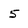
Character: 5